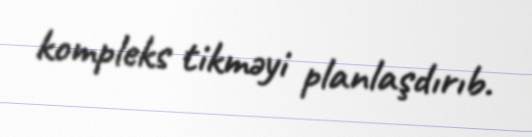
kompleks tikməyi planlaşdırıb.